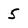
Character: 5